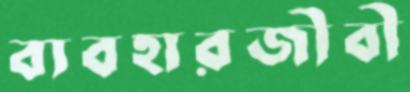
ব্যবহারজীবী